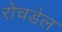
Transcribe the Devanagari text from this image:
रोचडेल